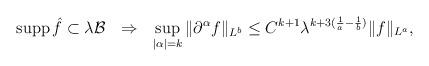
LaTeX: \begin{align*} \operatorname{supp}\hat{f}\subset\lambda\mathcal{B}\ \ \Rightarrow\ \ \sup_{|\alpha|=k}\|\partial^{\alpha}f\|_{L^{b}}\leq C^{k+1}\lambda^{k+3(\frac{1}{a}-\frac{1}{b})}\|f\|_{L^{a}},\end{align*}